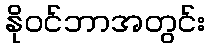
နိုဝင်ဘာအတွင်း